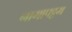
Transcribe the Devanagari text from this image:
नागापट्टम